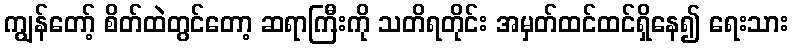
ကျွန်တော့် စိတ်ထဲတွင်တော့ ဆရာကြီးကို သတိရတိုင်း အမှတ်ထင်ထင်ရှိနေ၍ ရေးသား